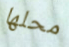
محلها